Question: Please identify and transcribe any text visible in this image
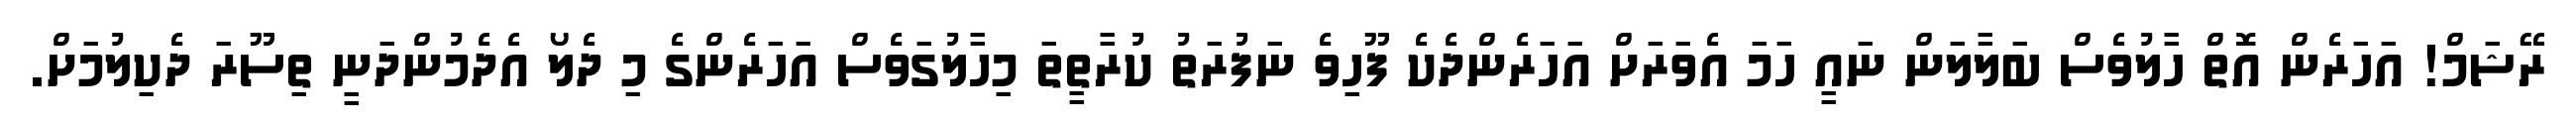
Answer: ރޭޝަމް! އަހަރެން އޮތް ހާލުވެސް ބަލާލަން ނައީ ހަމަ އެވަރަށް އަހަރެންދެކެ ފޫހިވެ ނަފުރަތު ކުރާތީތަ މިހާލުގަވެސް އަހަރެންގެ މި ދެލޯ އެދެމުންދަނީ ތިސޫރަ ދެކިލުމަށް.